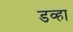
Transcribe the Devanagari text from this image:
डव्हा